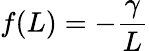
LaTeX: f(L)=-\frac{\gamma}{L}